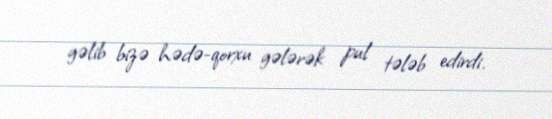
gəlib bizə hədə-qorxu gələrək pul tələb edirdi.